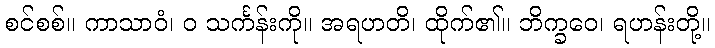
စင်စစ်။ ကာသာဝံ၊ ဝ သင်္ကန်းကို။ အရဟတိ၊ ထိုက်၏။ ဘိက္ခဝေ၊ ရဟန်းတို့။